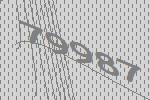
79987